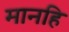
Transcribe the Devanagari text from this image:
मानहि